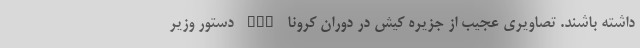
داشته باشند. تصاویری عجیب از جزیره کیش در دوران کرونا nan دستور وزیر